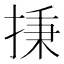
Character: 㨀